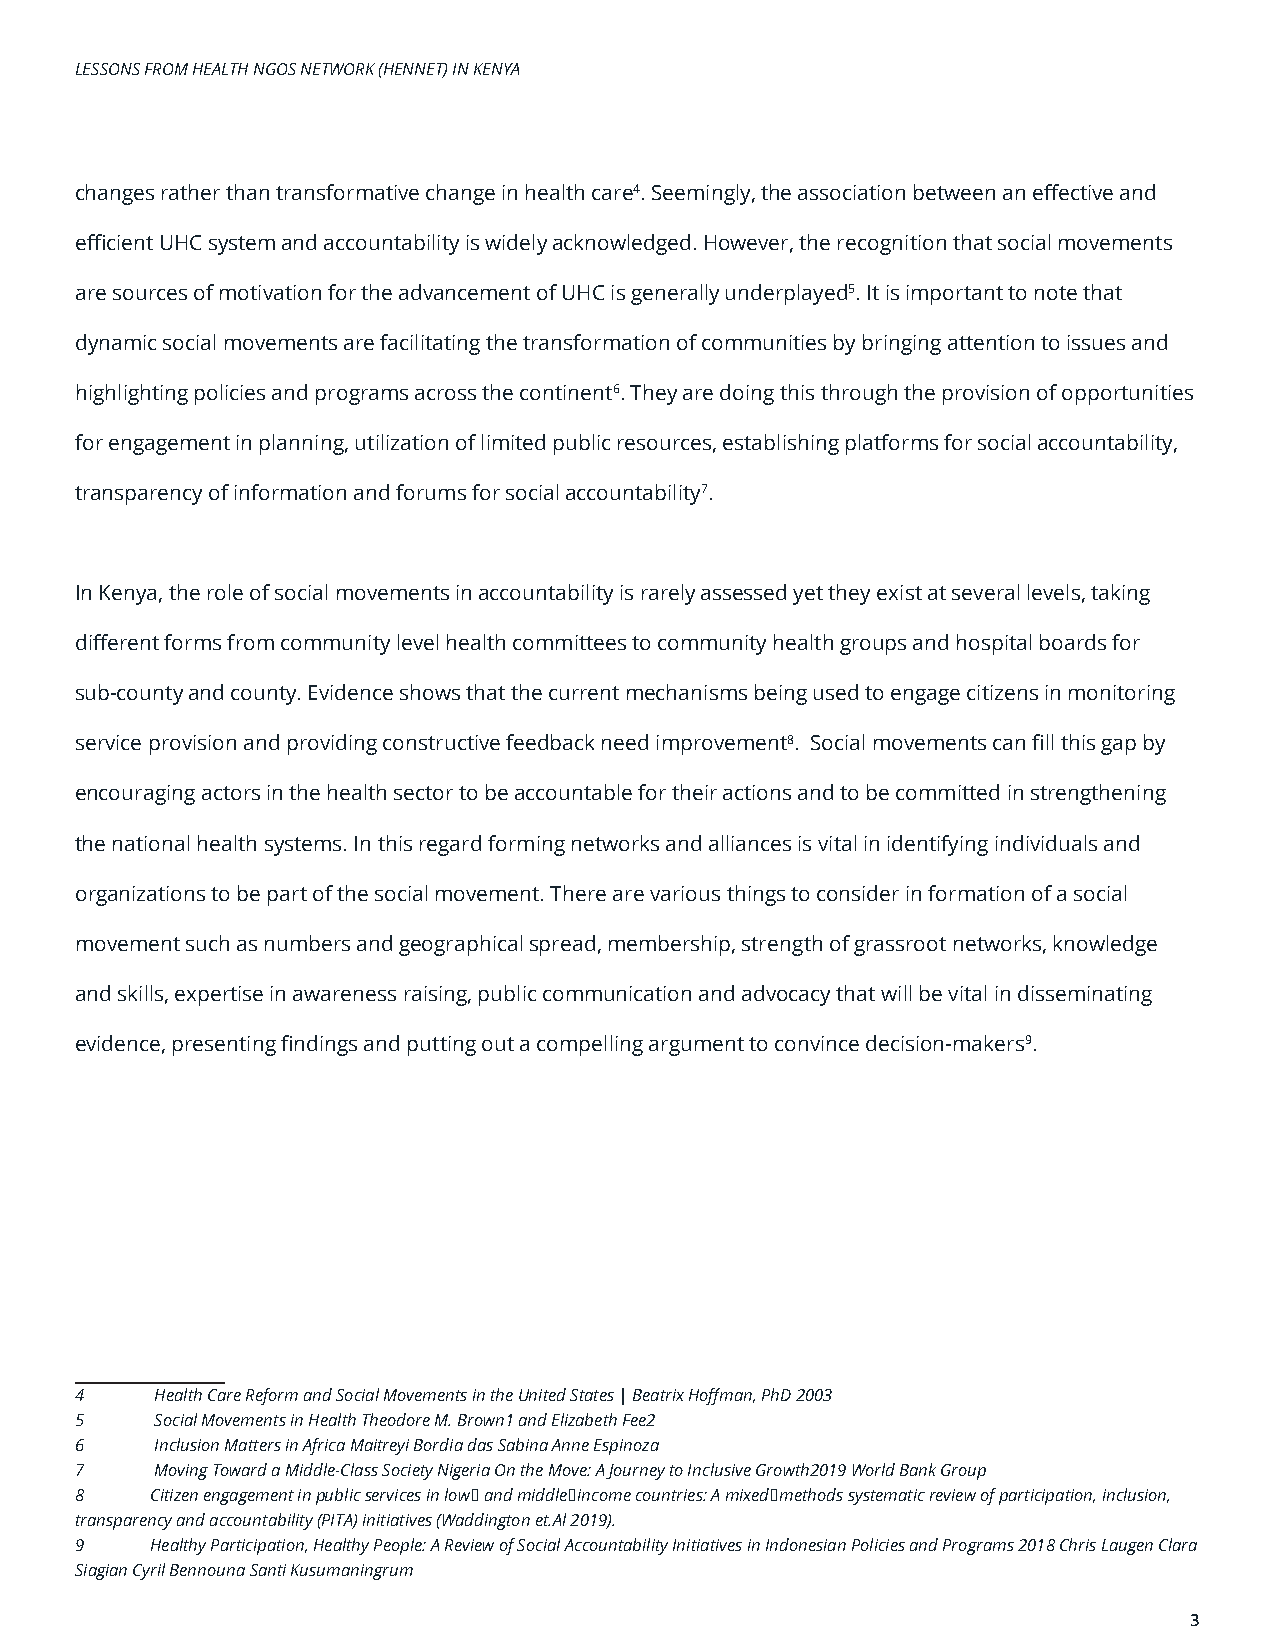
LESSONS FROM HEALTH NGOS NETWORK (HENNET) IN KENYA
 changes rather than transformative change in health care4. Seemingly, the association between an effective and
 efficient UHC system and accountability is widely acknowledged. However, the recognition that social movements
 are sources of motivation for the advancement of UHC is generally underplayed5. It is important to note that
 dynamic social movements are facilitating the transformation of communities by bringing attention to issues and
 highlighting policies and programs across the continent6. They are doing this through the provision of opportunities
 for engagement in planning, utilization of limited public resources, establishing platforms for social accountability,
 transparency of information and forums for social accountability7.
 In Kenya, the role of social movements in accountability is rarely assessed yet they exist at several levels, taking
 different forms from community level health committees to community health groups and hospital boards for
 sub-county and county. Evidence shows that the current mechanisms being used to engage citizens in monitoring
 service provision and providing constructive feedback need improvement8. Social movements can fill this gap by
 encouraging actors in the health sector to be accountable for their actions and to be committed in strengthening
 the national health systems. In this regard forming networks and alliances is vital in identifying individuals and
 organizations to be part of the social movement. There are various things to consider in formation of a social
 movement such as numbers and geographical spread, membership, strength of grassroot networks, knowledge
 and skills, expertise in awareness raising, public communication and advocacy that will be vital in disseminating
 evidence, presenting findings and putting out a compelling argument to convince decision-makers9.
 4    Health Care Reform and Social Movements in the United States | Beatrix Hoffman, PhD 2003
 5    Social Movements in Health Theodore M. Brown1 and Elizabeth Fee2
 6    Inclusion Matters in Africa Maitreyi Bordia das Sabina Anne Espinoza
 7    Moving Toward a Middle-Class Society Nigeria On the Move: A Journey to Inclusive Growth2019 World Bank Group
 8    Citizen engagement in public services in low‐ and middle‐income countries: A mixed‐methods systematic review of participation, inclusion,
 transparency and accountability (PITA) initiatives (Waddington et.Al 2019).
 9    Healthy Participation, Healthy People: A Review of Social Accountability Initiatives in Indonesian Policies and Programs 2018 Chris Laugen Clara
 Siagian Cyril Bennouna Santi Kusumaningrum
 3